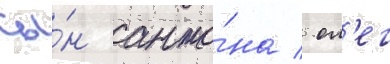
сы́н анто́на / ол'ег